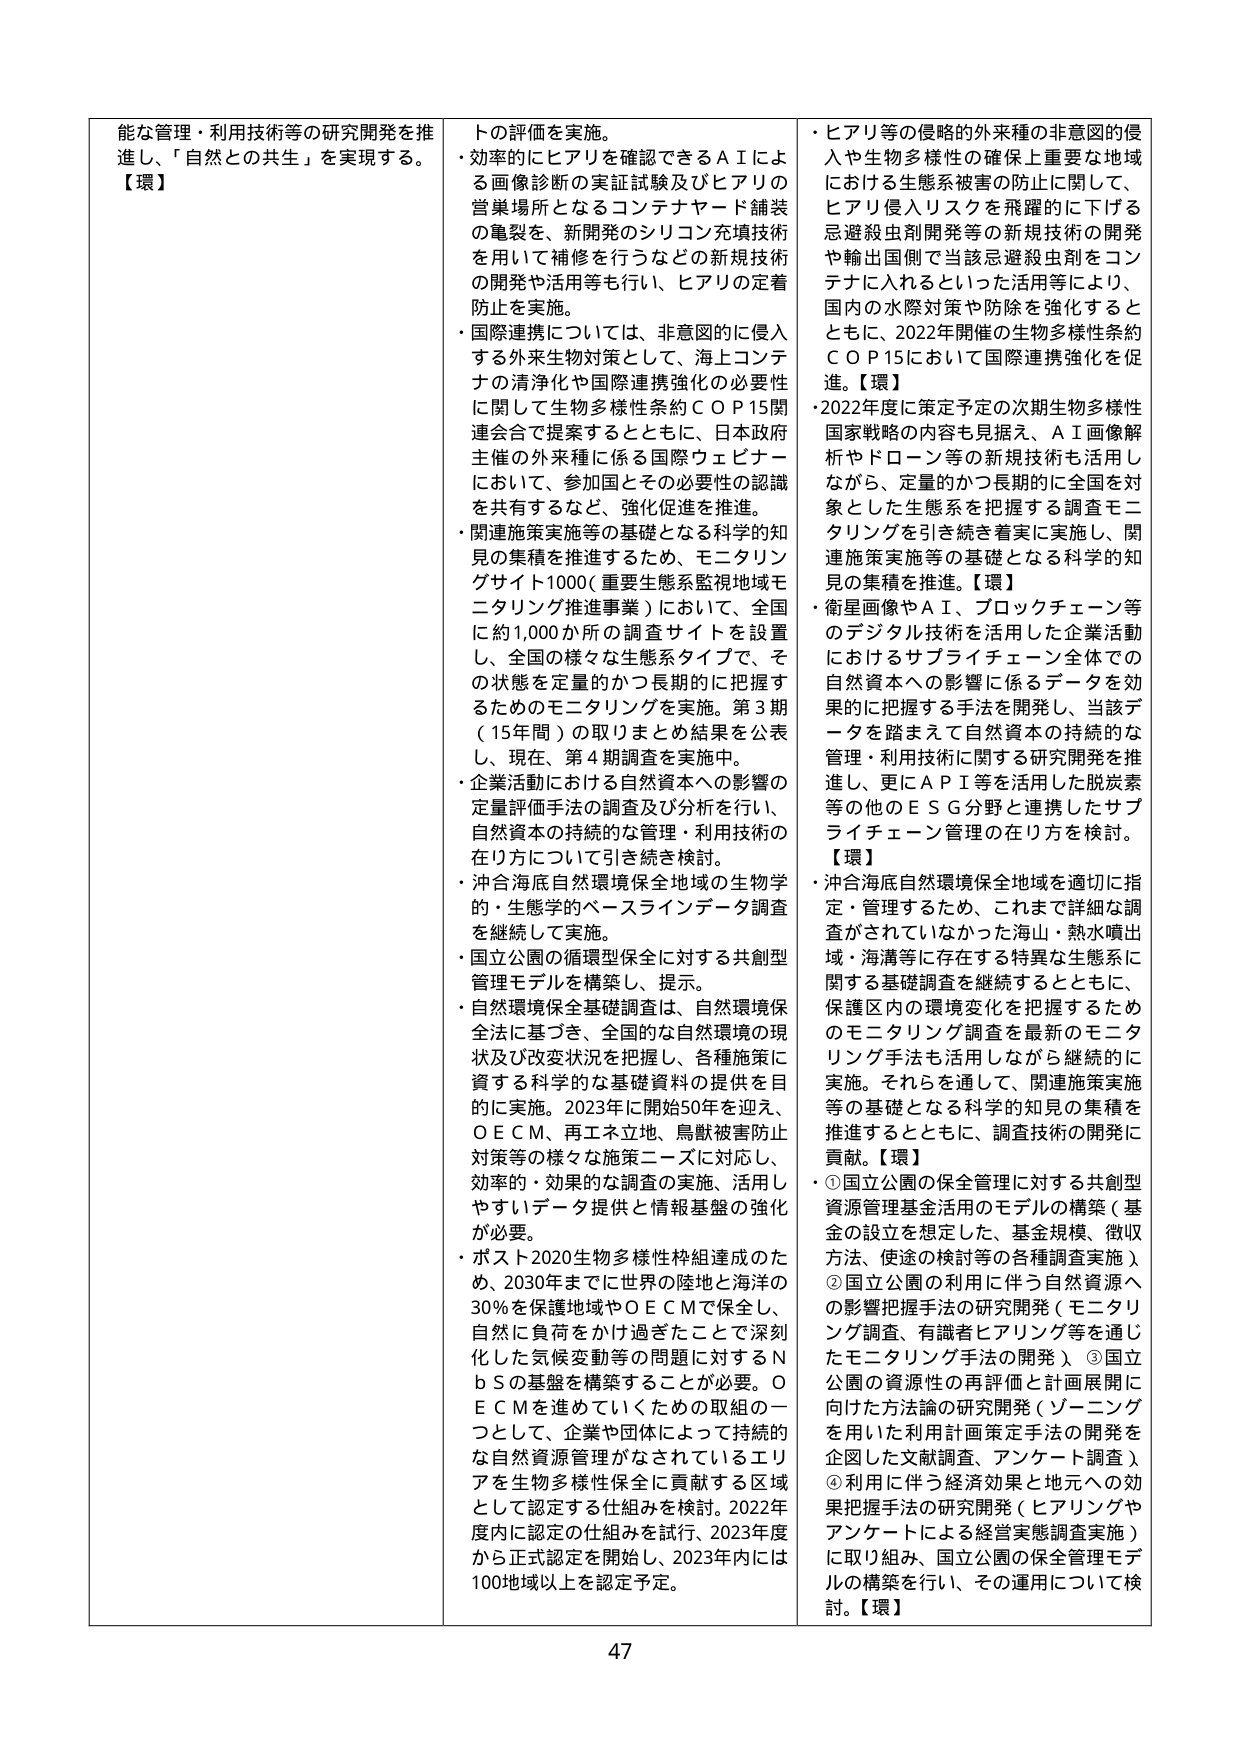
能な管理・利用技術等の研究開発を推進し、「自然との共生」を実現する。【環】

・トの評価を実施。
・効率的にヒアリを確認できるＡＩによる画像診断の実証試験及びヒアリの営巣場所となるコンテナヤード舗装の亀裂を、新開発のシリコン充填技術を用いて補修を行うなどの新規技術の開発や活用等も行い、ヒアリの定着防止を実施。
・国際連携については、非意図的に侵入する外来生物対策として、海上コンテナの清浄化や国際連携強化の必要性に関して生物多様性条約ＣＯＰ15関連会合で提案するとともに、日本政府主催の外来種に係る国際ウェビナーにおいて、参加国とその必要性の認識を共有するなど、強化促進を推進。
・関連施策実施等の基礎となる科学的知見の集積を推進するため、モニタリングサイト1000（重要生態系監視地域モニタリング1000（重要生態系監視地域モニタリング推進事業）において、全国に約1,000か所の調査サイトを設置し、全国の様々な生態系タイプで、その状態を定量的かつ長期的に把握するためのモニタリングを実施。第3期（15年間）の取りまとめ結果を公表し、現在、第4期調査を実施中。
・企業活動における自然資本への影響の定量評価手法の調査及び分析を行い、自然資本の持続的な管理・利用技術の在り方について引き続き検討。
・沖合海底自然環境保全地域の生物学的・生態学的ベースラインデータ調査を継続して実施。
・国立公園の循環型保全に対する共創型管理モデルを構築し、提示。
・自然環境保全基礎調査は、自然環境保全法に基づき、全国的な自然環境の現状及び変化状況を把握し、各種施策に資する科学的な基礎資料の提供を目的に実施。2023年に開始50年を迎え、ＯＥＣＭ、再エネ立地、鳥獣被害防止対策等の様々な施策ニーズに対応し、効率的・効果的な調査の実施、活用しやすいデータ提供と情報基盤の強化が必要。
・ポスト2020生物多様性枠組達成のため、2030年までに世界の陸地と海洋の30％を保護地域やＯＥＣＭで保全し、自然に負荷をかけ過ぎたことで深刻化した気候変動等の問題に対するＮｂＳの基盤を構築することが必要。ＯＥＣＭを進めていくための取組の一つとして、企業や団体によって持続的な自然資源管理がなされているエリアを生物多様性保全に貢献する区域として認定する仕組みを検討。2022年度内に認定の仕組みを試行、2023年度から正式認定を開始し、2023年内には100地域以上を認定予定。

・ヒアリ等の侵略的外来種の非意図的侵入や生物多様性の確保上重要な地域における生態系被害の防止に関して、ヒアリ侵入リスクを飛躍的に下げる忌避殺虫剤開発等の新規技術の開発や輸出国側で当該忌避殺虫剤をコンテナに入れるといった活用等により、国内の水際対策や防除を強化するとともに、2022年開催の生物多様性条約ＣＯＰ15において国際連携強化を促進。【環】
・2022年度に策定予定の次期生物多様性国家戦略の内容も見据え、ＡＩ画像解析やドローン等の新規技術も活用しながら、定量的かつ長期的に全国を対象とした生態系を把握する調査モニタリングを引き続き着実に実施し、関連施策実施等の基礎となる科学的知見の集積を推進。【環】
・衛星画像やＡＩ、プロックチェーン等のデジタル技術を活用した企業活動におけるサプライチェーン全体での自然資本への影響に係るデータを効果的に把握する手法を開発し、当該データを踏まえて自然資本の持続的な管理・利用技術に関する研究開発を推進し、更にＡＰＩ等を活用した脱炭素等の他のＥＳＧ分野と連携したサプライチェーン管理の在り方を検討。【環】
・沖合海底自然環境保全地域を適切に指定・管理するため、これまで詳細な調査がされていなかった海山・熱水噴出域・海溝等に存在する特異な生態系に関する基礎調査を継続するとともに、保護区内の環境変化を把握するためのモニタリング調査を最新のモニタリング手法も活用しながら継続的に実施。それらを通じて、関連施策実施等の基礎となる科学的知見の集積を推進するとともに、調査技術の開発に貢献。【環】
・①国立公園の保全管理に対する共創型資源管理基金活用のモデルの構築（基金の設立を想定した、基金規模、徴収方法、使途の検討等の各種調査実施）②国立公園の利用に伴う自然資源への影響把握手法の研究開発（モニタリング調査、有識者ヒアリング等を通じたモニタリング手法の開発）③国立公園の資源性の再評価と計画展開に向けた方法論の研究開発（ゾーニングを用いた利用計画策定手法の開発を企図した文献調査、アンケート調査）④利用に伴う経済効果と地元への効果把握手法の研究開発（ヒアリングやアンケートによる経営実態調査実施）に取り組み、国立公園の保全管理モデルの構築を行い、その運用について検討。【環】

47